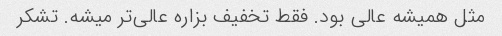
مثل همیشه عالی بود. فقط تخفیف بزاره عالی‌تر میشه. تشکر